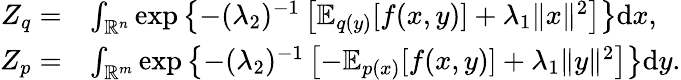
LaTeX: \begin{array}{rl}{Z_{q}=}&{\int_{\mathbb{R}^{n}}\exp\left\{ -(\lambda_{2})^{-1}\left[\mathbb{E}_{q(y)}[f(x,y)]+\lambda_{1}\| x\| ^{2}\right]\right\} \mathrm{d}x,}\\ {Z_{p}=}&{\int_{\mathbb{R}^{m}}\exp\left\{ -(\lambda_{2})^{-1}\left[-\mathbb{E}_{p(x)}[f(x,y)]+\lambda_{1}\| y\| ^{2}\right]\right\} \mathrm{d}y.}\end{array}